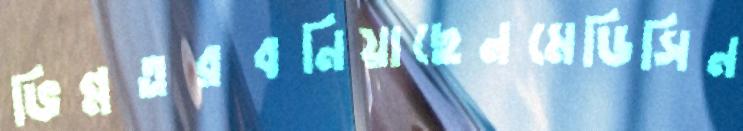
ভিন্নতরবনিয়াছেনমেডিসিন